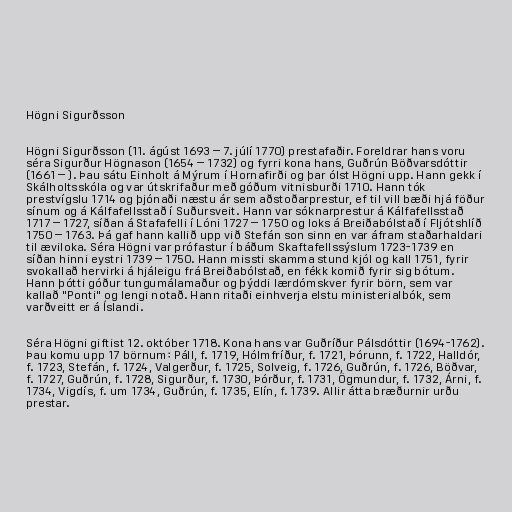
Högni Sigurðsson

Högni Sigurðsson (11. ágúst 1693 – 7. júlí 1770) prestafaðir. Foreldrar hans voru
séra Sigurður Högnason (1654 – 1732) og fyrri kona hans, Guðrún Böðvarsdóttir
(1661 – ). Þau sátu Einholt á Mýrum í Hornafirði og þar ólst Högni upp. Hann gekk í
Skálholtsskóla og var útskrifaður með góðum vitnisburði 1710. Hann tók
prestvígslu 1714 og þjónaði næstu ár sem aðstoðarprestur, ef til vill bæði hjá föður
sínum og á Kálfafellsstað í Suðursveit. Hann var sóknarprestur á Kálfafellsstað
1717 – 1727, síðan á Stafafelli í Lóni 1727 – 1750 og loks á Breiðabólstað í Fljótshlíð
1750 – 1763. Þá gaf hann kallið upp við Stefán son sinn en var áfram staðarhaldari
til æviloka. Séra Högni var prófastur í báðum Skaftafellssýslum 1723-1739 en
síðan hinni eystri 1739 – 1750. Hann missti skamma stund kjól og kall 1751, fyrir
svokallað hervirki á hjáleigu frá Breiðabólstað, en fékk komið fyrir sig bótum.
Hann þótti góður tungumálamaður og þýddi lærdómskver fyrir börn, sem var
kallað "Ponti" og lengi notað. Hann ritaði einhverja elstu ministerialbók, sem
varðveitt er á Íslandi.

Séra Högni giftist 12. október 1718. Kona hans var Guðríður Pálsdóttir (1694-1762).
Þau komu upp 17 börnum: Páll, f. 1719, Hólmfríður, f. 1721, Þórunn, f. 1722, Halldór,
f. 1723, Stefán, f. 1724, Valgerður, f. 1725, Solveig, f. 1726, Guðrún, f. 1726, Böðvar,
f. 1727, Guðrún, f. 1728, Sigurður, f. 1730, Þórður, f. 1731, Ögmundur, f. 1732, Árni, f.
1734, Vigdís, f. um 1734, Guðrún, f. 1735, Elín, f. 1739. Allir átta bræðurnir urðu
prestar.